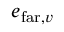
e _ { \mathrm { f a r } , v }